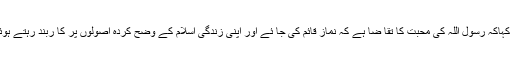
امام شاہد تمیز نے کہاکہ رسول اللہ کی محبت کا تقا ضا ہے کہ نماز قائم کی جا ئے اور اپنی زندگی اسلام کے وضح کردہ اصولوں پر کا ربند رہتے ہوئے گزاری جا ئے۔